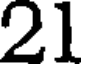
21